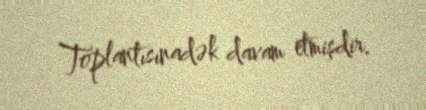
Toplantısınadək davam etmişdir.